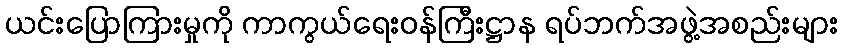
ယင်းပြောကြားမှုကို ကာကွယ်ရေးဝန်ကြီးဋ္ဌာန ရပ်ဘက်အဖွဲ့အစည်းများ